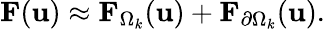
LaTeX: {\mathbf{F}}(\mathbf{u})\approx{\mathbf{F}}_{\Omega_{k}}(\mathbf{u})+{\mathbf{F}}_{\partial\Omega_{k}}(\mathbf{u}).